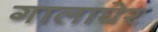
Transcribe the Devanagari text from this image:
गालाघेर